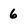
Character: 6